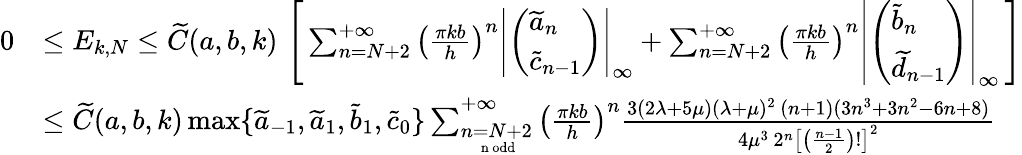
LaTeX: \begin{array}{rl}{0}&{\le E_{k,N}\le\widetilde C(a,b,k)\, \left[\, \sum_{n=N+2}^{+\infty}\left(\frac{\pi kb}{h}\right)^{n}\left|\left(\begin{array}{l}{\widetilde a_{n}}\\ {\widetilde c_{n-1}}\end{array}\right)\right|_{\infty}+\sum_{n=N+2}^{+\infty}\left(\frac{\pi kb}{h}\right)^{n}\left|\left(\begin{array}{l}{\widetilde b_{n}}\\ {\widetilde d_{n-1}}\end{array}\right)\right|_{\infty}\, \right]}\\ &{\le\widetilde C(a,b,k)\operatorname*{max}\{ \widetilde a_{-1},\widetilde a_{1},\widetilde b_{1},\widetilde c_{0}\} \sum_{\underset{\mathrm{~n~odd}}{n=N+2}}^{+\infty}\left(\frac{\pi kb}{h}\right)^{n}\frac{3(2\lambda+5\mu)(\lambda+\mu)^{2}\, (n+1)(3n^{3}+3n^{2}-6n+8)}{4\mu^{3}\, 2^{n}\left[\left(\frac{n-1}{2}\right)!\right]^{2}}}\end{array}